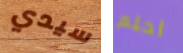
سيدي احلم